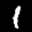
Label: 1